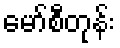
မော်စီတုန်း